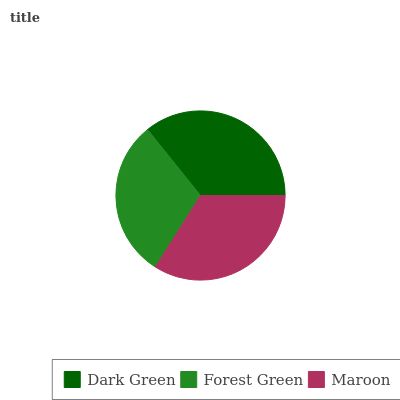
| Dark Green | Forest Green | Maroon |
 | --- | --- | --- |
 | 35.8% | 30.3% | 33.9% |